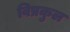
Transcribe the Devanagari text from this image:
विप्रकुल